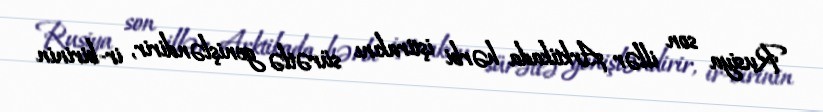
Rusiya son illər Arktikada hərbi iştirakını sürətlə genişləndirir, ir-birinin